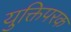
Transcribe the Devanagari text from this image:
युक्तिपरक